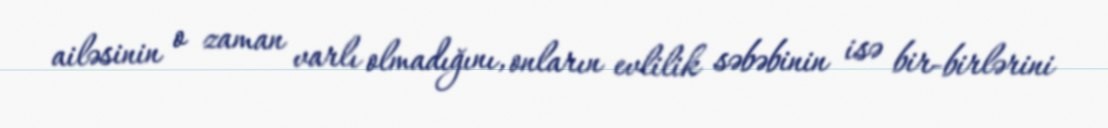
ailəsinin o zaman varlı olmadığını, onların evlilik səbəbinin isə bir-birlərini